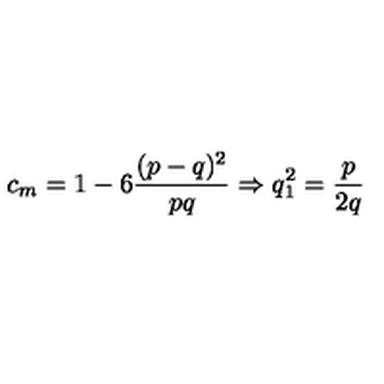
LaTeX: c _ { m } = 1 - 6 \frac { ( p - q ) ^ { 2 } } { p q } \Rightarrow q _ { 1 } ^ { 2 } = \frac { p } { 2 q }